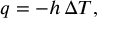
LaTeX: q = - h \, \Delta T ,